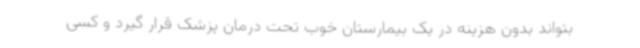
بتواند بدون هزینه در یک بیمارستان خوب تحت درمان پزشک قرار گیرد و کسی